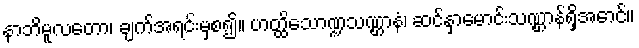
နာဘိမူလတော၊ ချက်အရင်းမှစ၍။ ဟတ္ထိသောဏ္ဍသဏ္ဌာနံ၊ ဆင်နှာမောင်းသဏ္ဌာန်ရှိအောင်။